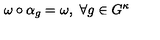
\omega \circ \alpha _ { g } = \omega , \ \forall g \in G ^ { \kappa }